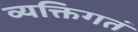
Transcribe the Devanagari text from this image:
व्यक्तिगतं